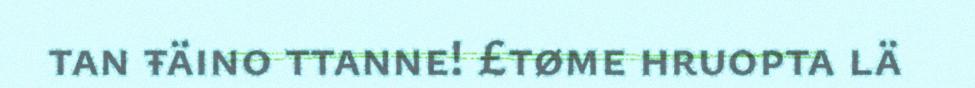
tan ŧäino ttanne! £tøme hruopta lä